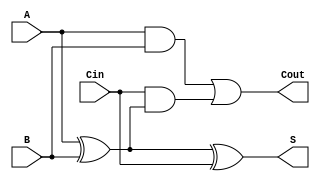
module RippleCarryFullAdder (
    input wire A,      // First binary input
    input wire B,      // Second binary input
    input wire Cin,    // Carry-in input
    output wire S,     // Sum output
    output wire Cout   // Carry-out output
);

// Intermediate signals
wire AxorB;          // Intermediate signal for A XOR B

// Sum calculation using XOR gates
assign AxorB = A ^ B; // First XOR gate
assign S = AxorB ^ Cin; // Second XOR gate for final sum

// Carry-out calculation using AND and OR gates
assign Cout = (A & B) | (Cin & AxorB); // Carry-out logic

endmodule